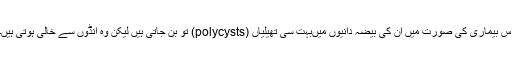
اس بیماری کی صورت میں ان کی بیضہ دانیوں میںبہت سی تھیلیاں (polycysts) تو بن جاتی ہیں لیکن وہ انڈوں سے خالی ہوتی ہیں۔